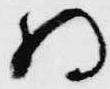
将